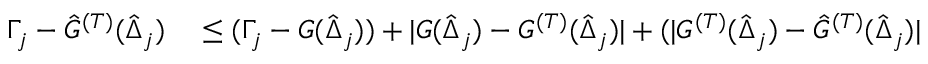
\begin{array} { r l } { \Gamma _ { j } - \hat { G } ^ { ( T ) } ( \hat { \Delta } _ { j } ) } & { { } \leq ( \Gamma _ { j } - { G } ( \hat { \Delta } _ { j } ) ) + | { G } ( \hat { \Delta } _ { j } ) - { G } ^ { ( T ) } ( \hat { \Delta } _ { j } ) | + ( | { G } ^ { ( T ) } ( \hat { \Delta } _ { j } ) - \hat { G } ^ { ( T ) } ( \hat { \Delta } _ { j } ) | } \end{array}